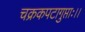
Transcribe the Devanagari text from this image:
चक्रकपटागुप्ताः।।